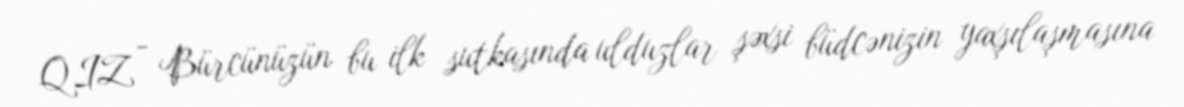
QIZ - Bürcünüzün bu ilk sutkasında ulduzlar şəxsi büdcənizin yaxşılaşmasına